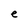
Character: e